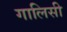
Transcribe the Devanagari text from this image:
गालिसी